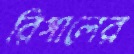
রিগালের